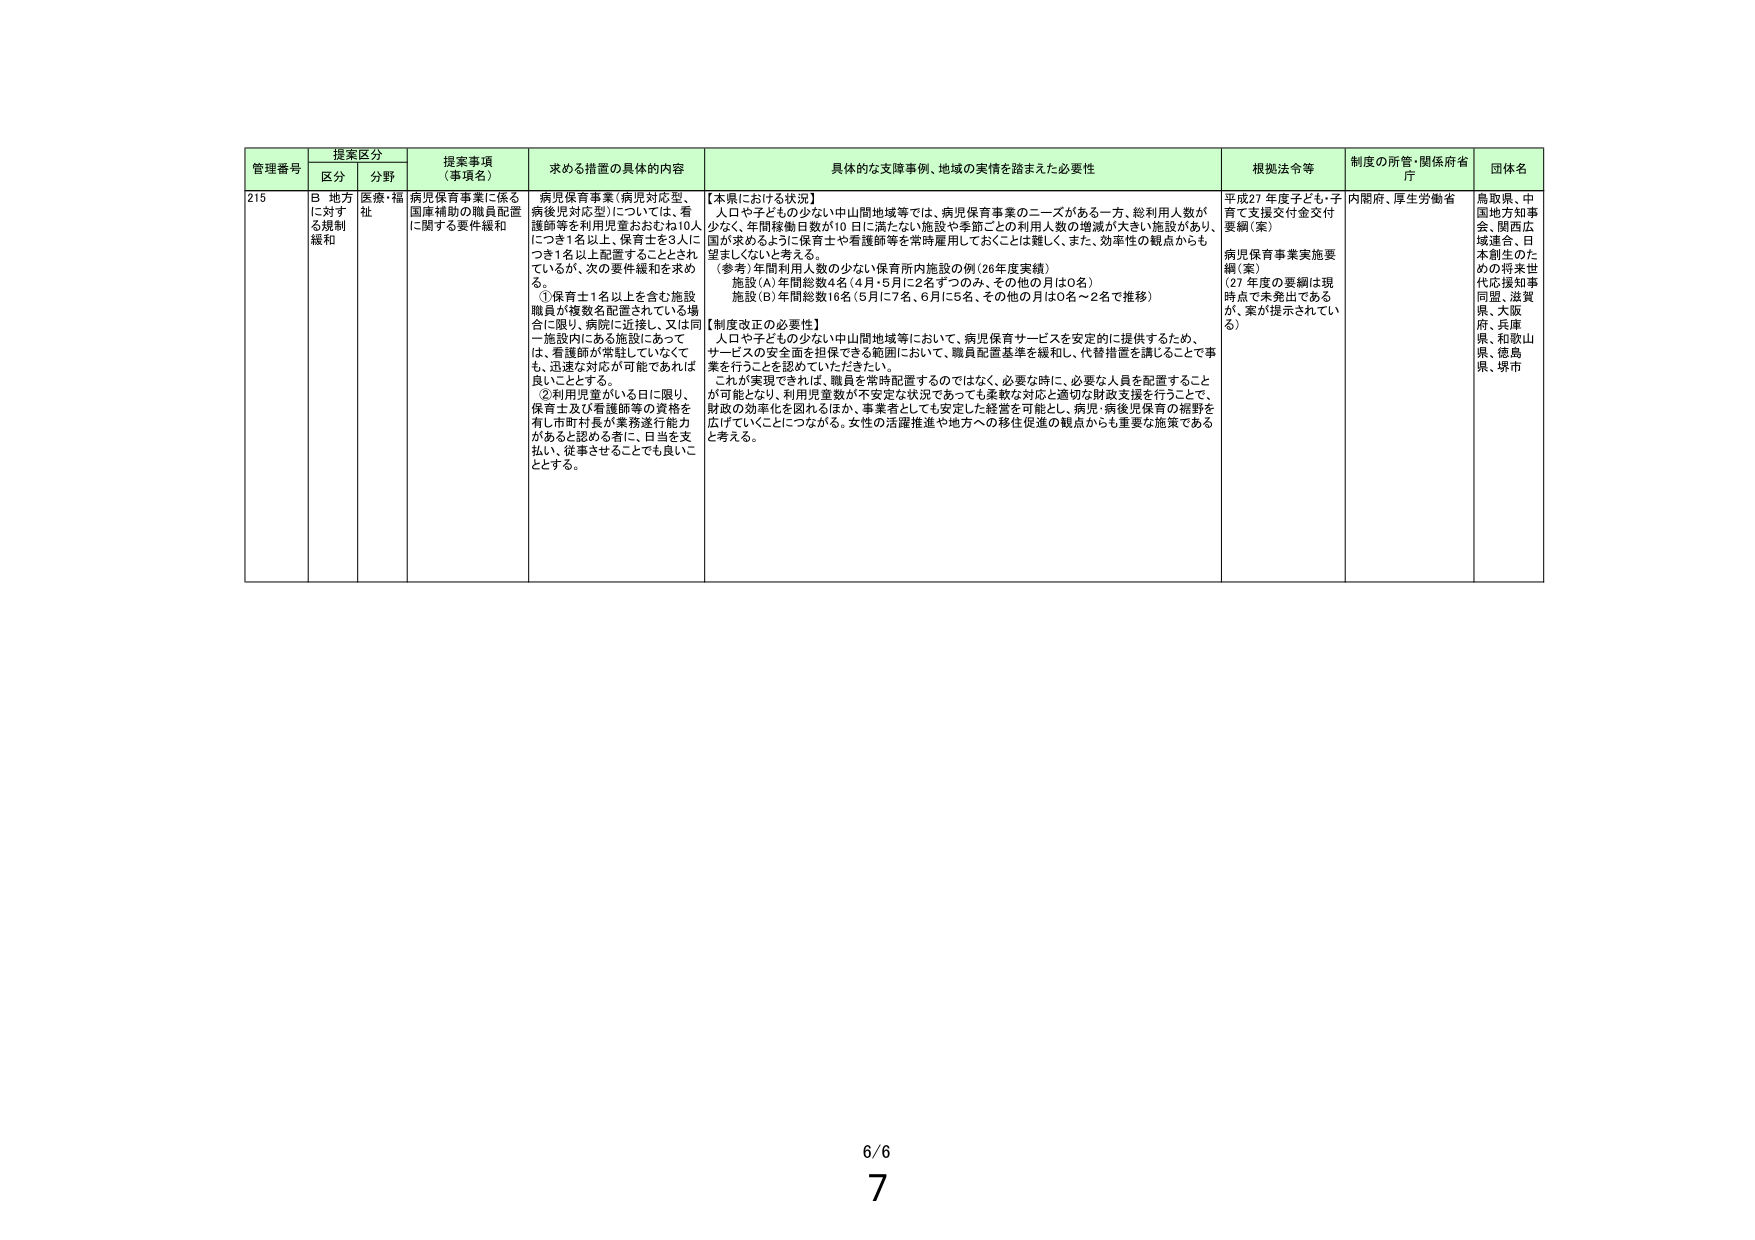
管理番号 提案区分 提案事項（事項名） 求める措置の具体的内容 具体的な支援事例、地域の実情を踏まえた必要性 根拠法令等 制度の所管・関係府省庁 団体名
区分 分野
215 B 地方に対する規制緩和 医療・福祉 病児保育事業に係る国庫補助の職員配置に関する要件緩和 病児保育事業（病児対応型、病後児対応型）については、看護師等を利用児童おおむね10人につき1名以上、保育士を3人につき1名以上配置するととされているが、次の要件緩和を求める。
①保育士1名以上を含む施設職員が複数名配置されている場合に限り、病院に近接し、又は同一施設内にある施設にあっては、看護師が常駐していなくても、迅速な対応が可能であれば良いこととする。
②利用児童がいる日に限り、保育士及び看護師等の資格を有し市町村長が業務遂行能力があると認める者に、日当を支払い、従事させることでも良いこととする。
【本県における状況】
人口や子どもの少ない中山間地域等では、病児保育事業のニーズがある一方、総利用人数が少なく、年間稼働日数が10日に満たない施設や季節ごとの利用人数の増減が大きい施設があり、国が求めるように保育士や看護師等を常時雇用しておくことは難しく、また、効率性の観点からも望ましくないと考える。
（参考：年間利用人数の少ない保育所内施設の例（26年度実績）
施設（A）年間総数4名（4月・5月に2名ずつのみ、その他の月は0名）
施設（B）年間総数16名（5月に7名、6月に5名、その他の月は0名～2名で推移）
【制度改正の必要性】
人口や子どもの少ない中山間地域等において、病児保育サービスを安定的に提供するため、サービスの安全面を担保できる範囲において、職員配置基準を緩和し、代替措置を講じることで事業を行うことを認めていただきたい。
これが実現できれば、職員を常時配置するのではなく、必要な時に、必要な人員を配置することが可能となり、利用児童数が不安定な状況であっても柔軟な対応と適切な財政支援を行うことで、財政の効率化を図れるほか、事業者としても安定した経営を可能とし、病児・病後児保育の裾野を広げていくことにつながる。女性の活躍推進や地方への移住促進の観点からも重要な施策であると考える。
平成27年度子ども・子育て支援交付金交付要綱（案）
病児保育事業実施要綱（案）
（27年度の要綱は現時点で未発出であるが、案が提示されている）
内閣府、厚生労働省
鳥取県、中国地方知事会、関西広域連合、日本創生のための将来世代応援知事同盟、滋賀県、大阪府、兵庫県、和歌山県、徳島県、堺市
6/6
7